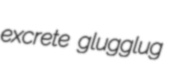
excrete glugglug